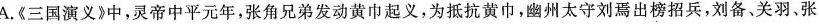
A.《三国演义》中，灵帝中平元年，张角兄弟发动黄巾起义，为抵抗黄巾，幽州太守刘焉出榜招兵，刘备、关羽、张